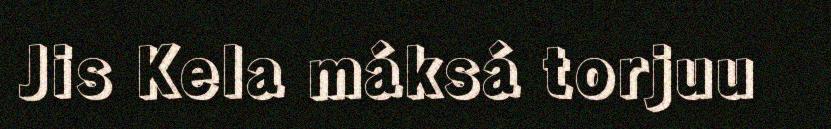
Jis Kela máksá torjuu